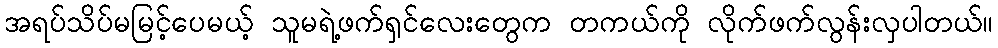
အရပ်သိပ်မမြင့်ပေမယ့် သူမရဲ့ဖက်ရှင်လေးတွေက တကယ်ကို လိုက်ဖက်လွန်းလှပါတယ်။